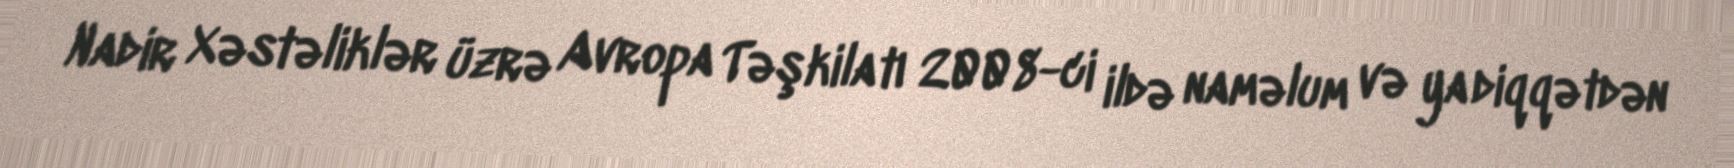
Nadir Xəstəliklər üzrə Avropa Təşkilatı 2008-ci ildə naməlum və ya diqqətdən